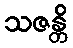
သဇန္တိ